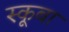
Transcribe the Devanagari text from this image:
स्‍कूबा